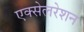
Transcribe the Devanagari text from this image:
एक्‍सेलरेशन